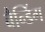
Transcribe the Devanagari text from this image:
बैन्डिंग